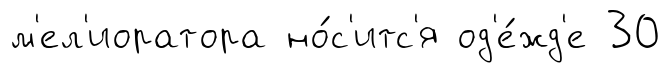
м'ел'иоратора но́с'итс'я од'е́жд'е 30